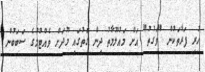
ހުރި ފަރާތަކުން "ވަގުތު" އަށް މައުލޫމާތު ދިން ގޮތުގައި މޫދަށް ވެއްޓުމުގެ ސަބަބުން